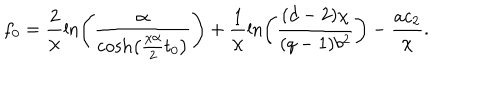
LaTeX: f _ { 0 } = \frac 2 { \chi } \ln \left( \frac { \alpha } { \cosh \left( { \frac { \chi \alpha } { 2 } } t _ { 0 } \right) } \right) + \frac 1 { \chi } \ln \left( { \frac { ( d - 2 ) \chi } { ( q - 1 ) b ^ { 2 } } } \right) - { \frac { a c _ { 2 } } { \chi } } .